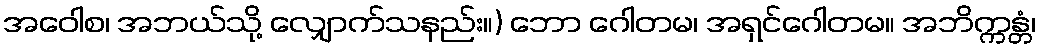
အဝေါစ၊ အဘယ်သို့ လျှောက်သနည်း။) ဘော ဂေါတမ၊ အရှင်ဂေါတမ။ အဘိက္ကန္တံ၊